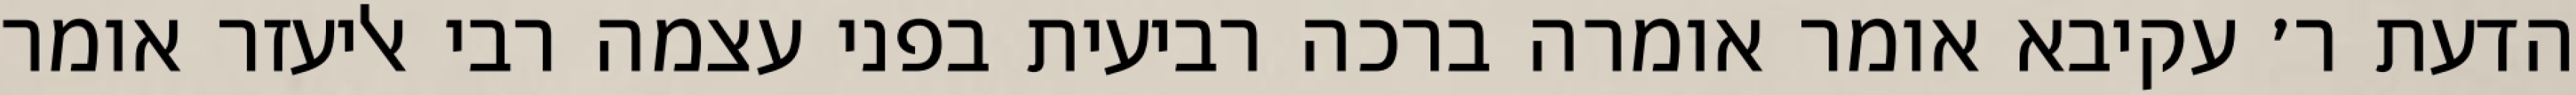
הדעת ר׳ עקיבא אומר אומרה ברכה רביעית בפני עצמה רבי אליעזר אומר